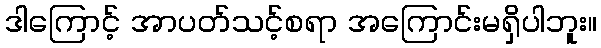
ဒါကြောင့် အာပတ်သင့်စရာ အကြောင်းမရှိပါဘူး။